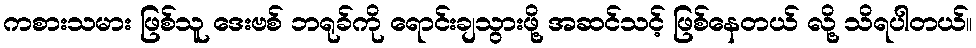
ကစားသမား ဖြစ်သူ ဒေးဗစ် ဘရုခ်ကို ရောင်းချသွားဖို့ အဆင်သင့် ဖြစ်နေတယ် လို့ သိရပါတယ်။